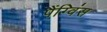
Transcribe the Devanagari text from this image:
पैंग्विंस